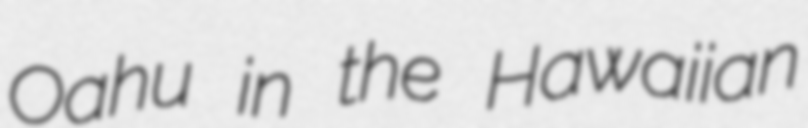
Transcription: Oʻahu in the Hawaiian